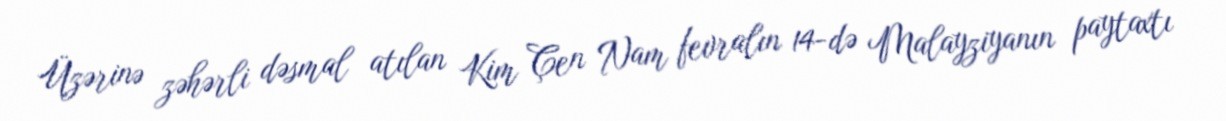
Üzərinə zəhərli dəsmal atılan Kim Çen Nam fevralın 14-də Malayziyanın paytaxtı